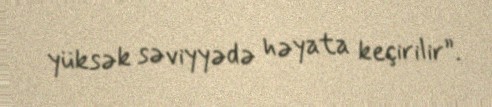
yüksək səviyyədə həyata keçirilir”.